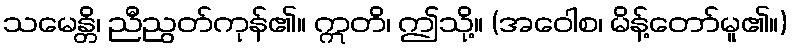
သမေန္တိ၊ ညီညွတ်ကုန်၏။ ဣတိ၊ ဤသို့။ (အဝေါစ၊ မိန့်တော်မူ၏။)